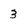
Character: 3